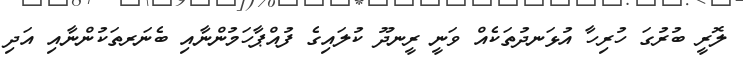
ލޮރީ ބުރުގަ ހުރިހާ އުޅަނދުތަކެއް ވަނީ ރީނދޫ ކުލައިގެ ފުއްޕާހަމުންނާއި ބެނަރތަކުންނާއި އަދި